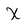
Character: X